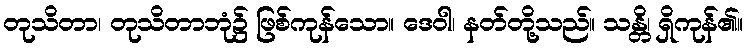
တုသိတာ၊ တုသိတာဘုံ၌ ဖြစ်ကုန်သော။ ဒေဝါ၊ နတ်တို့သည်။ သန္တိ၊ ရှိကုန်၏။